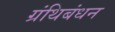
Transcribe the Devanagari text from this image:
ग्रंथिबंधन